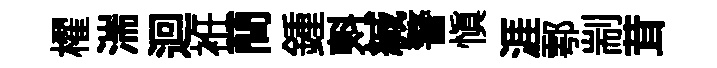
櫂湍迴袵蕳鍾㪺緘警愼涯鄠剬茸